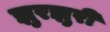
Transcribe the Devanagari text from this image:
झुरझुरी